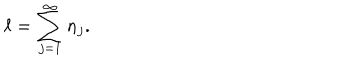
LaTeX: \ell = \sum _ { j = 1 } ^ { \infty } n _ { j } .